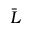
\bar { L }